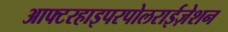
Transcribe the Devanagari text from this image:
आफ्टरहाइपरपोलराईज़ेशन